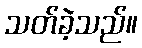
သတ်ခဲ့သည်။